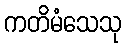
ကတိမံသေသု